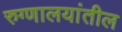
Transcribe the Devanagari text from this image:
रुग्णालयांतील